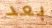
بعد